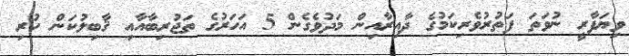
ވިޔަފާރީ ނުވަތަ ފަތުރުވެރިކަމުގެ ދާއިރާއިން މަދުވެގެން 5 އަހަރުގެ ތަޖުރިބާއާއި ޤާބިލުކަން ހުރި